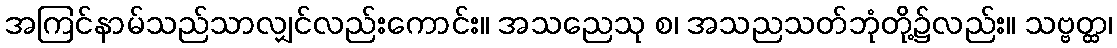
အကြင်နာမ်သည်သာလျှင်လည်းကောင်း။ အသညေသု စ၊ အသညသတ်ဘုံတို့၌လည်း။ သဗ္ဗတ္ထ၊